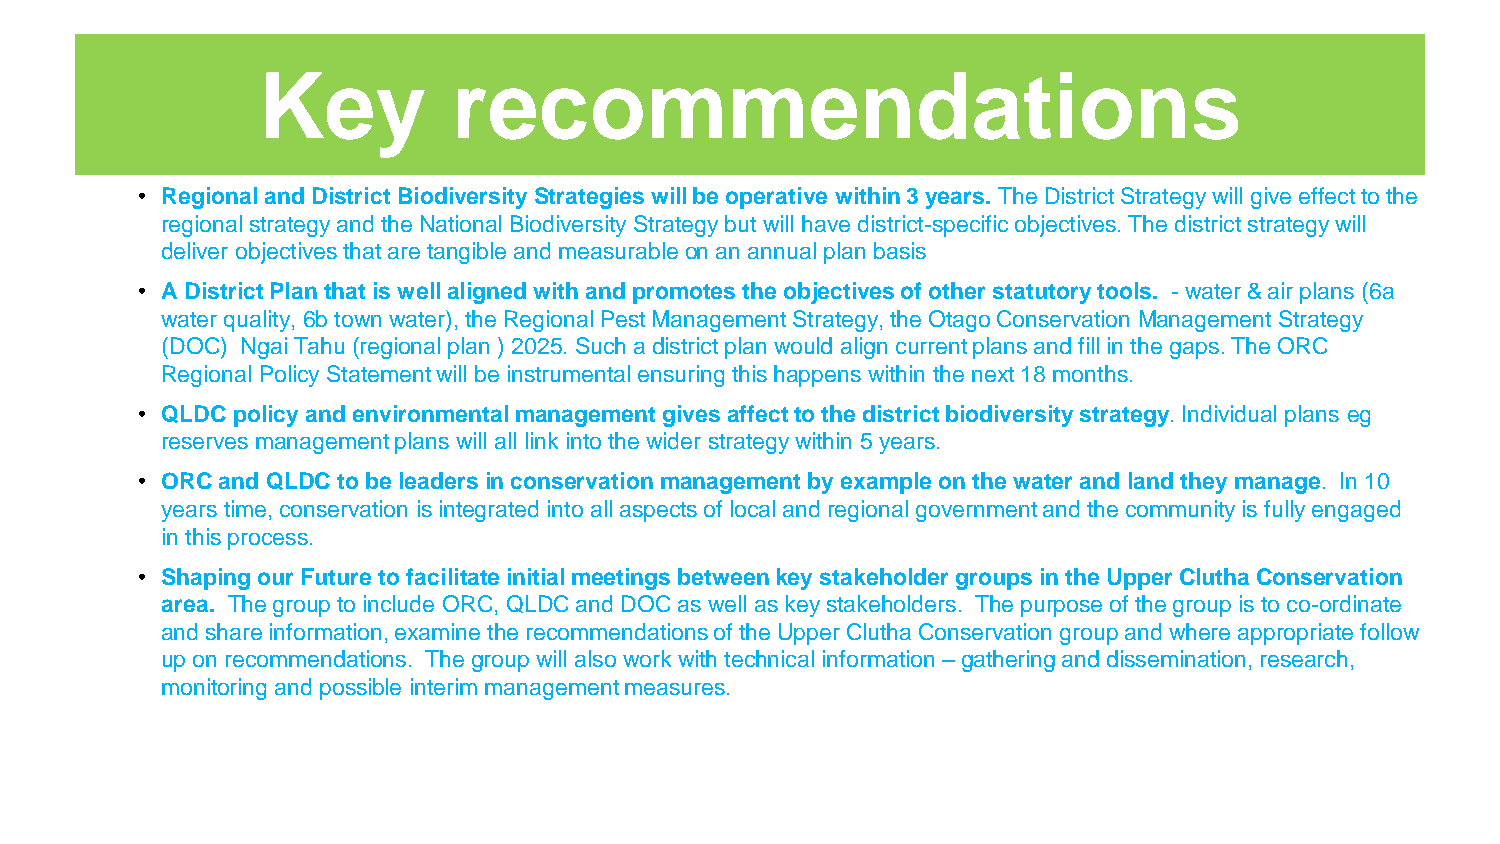
Key          recommendations
 • Regional and District Biodiversity Strategies will be operative within 3 years. The District Strategy will give effect to the
 regional strategy and the National Biodiversity Strategy but will have district-specific objectives. The district strategy will
 deliver objectives that are tangible and measurableon an annual plan basis
 • A District Plan that is well aligned with and promotes the objectives of other statutory tools. -water & air plans (6a
 water quality, 6b town water), the Regional Pest Management Strategy, the Otago Conservation Management Strategy
 (DOC) NgaiTahu (regional plan ) 2025. Such a district plan would align current plans and fill in the gaps. The ORC
 Regional Policy Statement will be instrumental ensuring this happens within the next 18 months.
 • QLDC policy and environmental management gives affect to the district biodiversity strategy. Individual plans eg
 reserves management plans will all link into the wider strategy within 5 years.
 • ORC and QLDC to be leaders in conservation management by example on the water and land they manage. In 10
 years time, conservation is integrated into all aspects of local and regional government and the community is fully engaged
 in this process.
 • Shaping our Future to facilitate initial meetings between key stakeholder groups in the Upper Clutha Conservation
 area. The group to include ORC, QLDC and DOC as well as key stakeholders. The purpose of the group is to co-ordinate
 and share information, examine the recommendations of the Upper Clutha Conservation group and where appropriate follow
 up on recommendations. The group will also work with technical information –gathering and dissemination, research,
 monitoring and possible interim management measures.